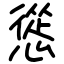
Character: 慫